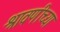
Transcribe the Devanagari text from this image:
श्रावणीच्या